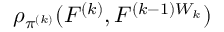
\rho _ { \pi ^ { ( k ) } } ( F ^ { ( k ) } , F ^ { ( k - 1 ) W _ { k } } )